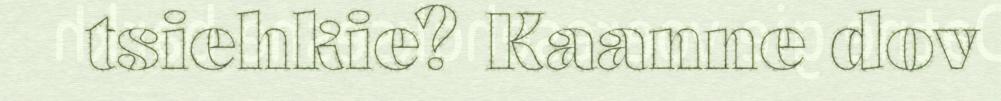
tsiehkie? Kaanne dov